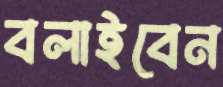
বলাইবেন